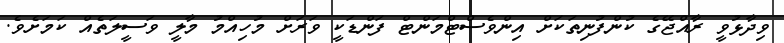
ވިދާޅުވީ ރާއްޖޭގެ ކުންފުނިތަކަށް އިންވެސްޓްމަންޓް ފަންޑަކީ ވަރަށް މުހިއްމު މާލީ ވަސީލަތެއް ކަމަށެވެ.